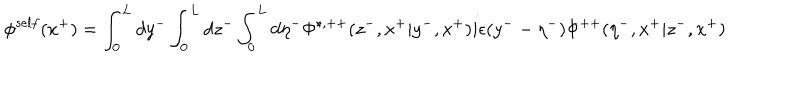
{ \phi } ^ { s e l f } ( x ^ { + } ) = \int _ { 0 } ^ { L } d y ^ { - } \int _ { 0 } ^ { L } d z ^ { - } \int _ { 0 } ^ { L } d { \eta } ^ { - } { \Phi } ^ { \star , + + } ( z ^ { - } , x ^ { + } | y ^ { - } , x ^ { + } ) i { \epsilon } ( y ^ { - } - { \eta } ^ { - } ) { \Phi } ^ { + + } ( { \eta } ^ { - } , x ^ { + } | z ^ { - } , x ^ { + } )